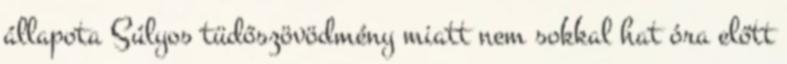
állapota Súlyos tüdőszövödmény miatt nem sokkal hat óra előtt